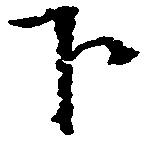
下